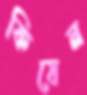
কিষেন